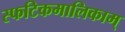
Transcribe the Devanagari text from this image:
स्फटिकमालिकाम्